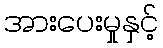
အားပေးမှုနှင့်